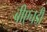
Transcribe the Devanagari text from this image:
बीएचडी